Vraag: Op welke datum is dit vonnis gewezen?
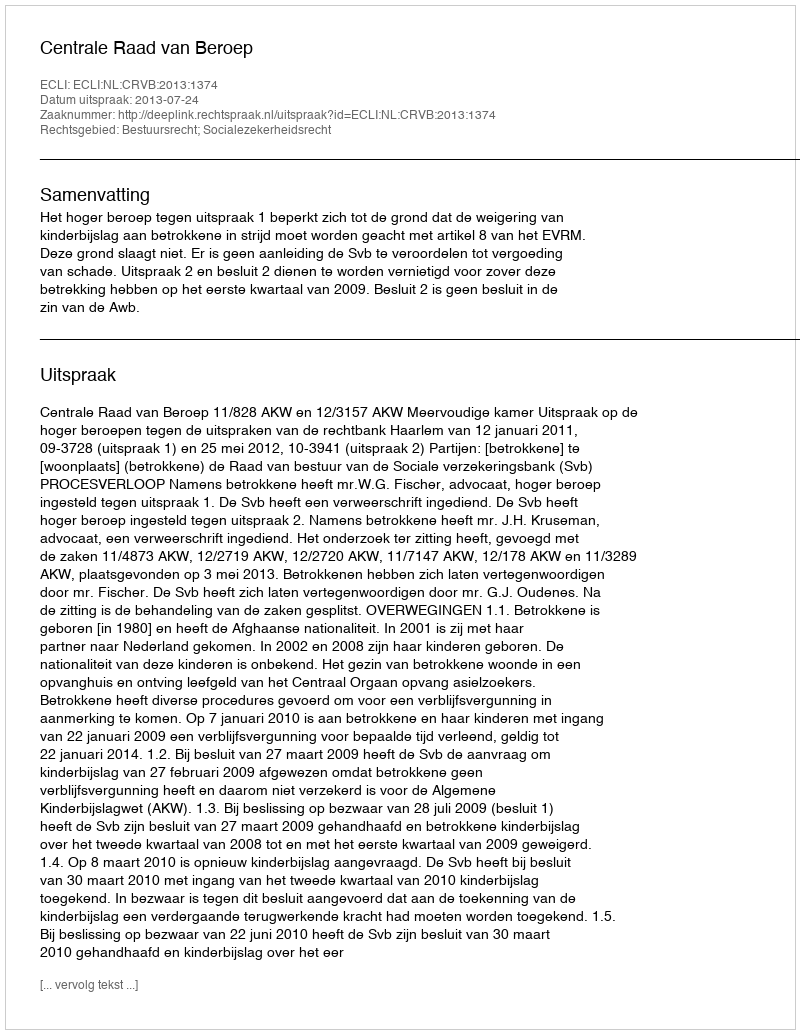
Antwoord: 2013-07-24